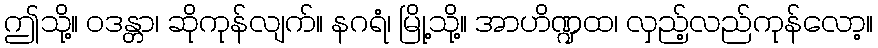
ဤသို့။ ဝဒန္တာ၊ ဆိုကုန်လျက်။ နဂရံ၊ မြို့သို့။ အာဟိဏ္ဍထ၊ လှည့်လည်ကုန်လော့။